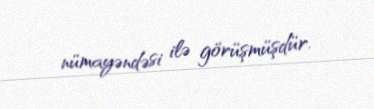
nümayəndəsi ilə görüşmüşdür.